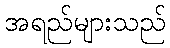
အရည်များသည်